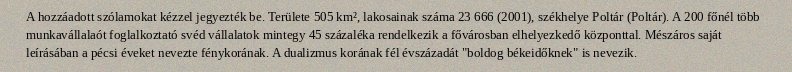
A hozzáadott szólamokat kézzel jegyezték be. Területe 505 km², lakosainak száma 23 666 (2001), székhelye Poltár (Poltár). A 200 főnél több munkavállalaót foglalkoztató svéd vállalatok mintegy 45 százaléka rendelkezik a fővárosban elhelyezkedő központtal. Mészáros saját leírásában a pécsi éveket nevezte fénykorának. A dualizmus korának fél évszázadát "boldog békeidőknek" is nevezik.